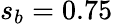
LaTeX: s_{b}=0.75